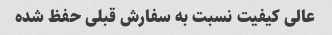
عالی کیفیت نسبت به سفارش قبلی حفظ شده